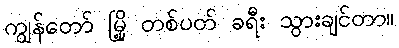
ကျွန်တော် မြို့ တစ်ပတ် ခရီး သွားချင်တာ။